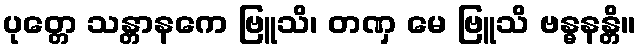
ပုတ္တေ သန္တာနကေ ဗြူသိ၊ တဏှ မေ ဗြူသိ ဗန္ဓနန္တိ။